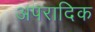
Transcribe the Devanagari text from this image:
अपरादिक